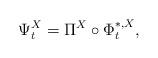
LaTeX: \begin{align*}\Psi^{X}_t = \Pi^X \circ \Phi^{*,X}_t,\end{align*}